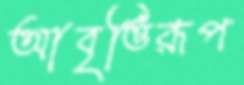
আবৃত্তিরূপ